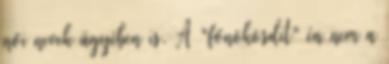
női nevek ügyében is. A "főnökösdit" én nem a